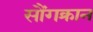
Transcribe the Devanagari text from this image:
सौंगक्रान